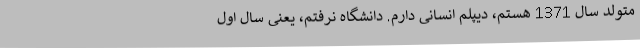
متولد سال 1371 هستم، دیپلم انسانی دارم. دانشگاه نرفتم، یعنی سال اول